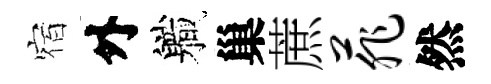
宿外軄巢蔗菲然